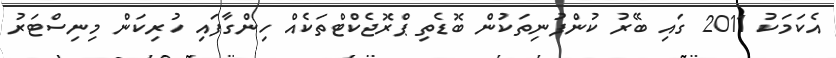
އެކަމަކު 2011 ގައި ބޭރު ކުންފުނިތަކުން ބޮޑެތި ޕްރޮޖެކްޓްތަކެއް ހިންގާފައި ހުރިކަން މިނިސްޓަރު